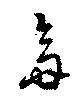
齋